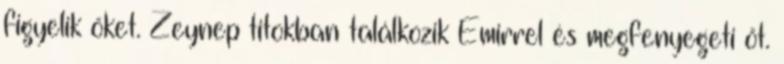
figyelik őket. Zeynep titokban találkozik Emirrel és megfenyegeti őt.